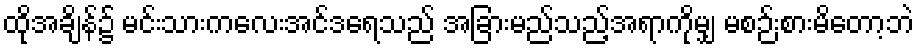
ထိုအချိန်၌ မင်းသားကလေးအင်ဒရေသည် အခြားမည်သည့်အရာကိုမျှ မစဉ်းစားမိတော့ဘဲ